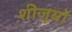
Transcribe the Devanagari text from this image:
शीजूयो